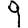
Digit: 9